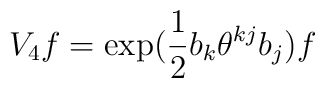
V_{4}f=\exp (\frac{1}{2}b_{k}\theta ^{kj}b_{j})f